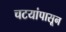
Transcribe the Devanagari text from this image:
चटयांपासून